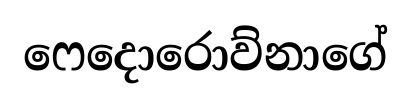
ෆෙදොරොව්නාගේ